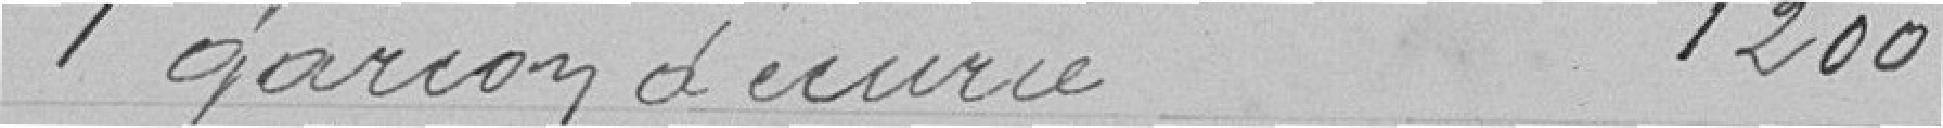
1 garçon d'écurie 1 200